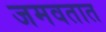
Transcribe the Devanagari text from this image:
जमवतात